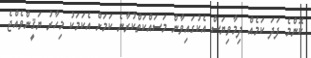
ކޮންމެ ފަދަ ކަމެއް ދިމާވިޔަސް އެކުގައިވާން މަސައްކަތްކުރާނެ ކަމަށް އެކަމަކު މިހާރު ޔަޤީންވެއްޖެ